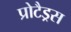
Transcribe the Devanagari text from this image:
प्रोटैड्रस